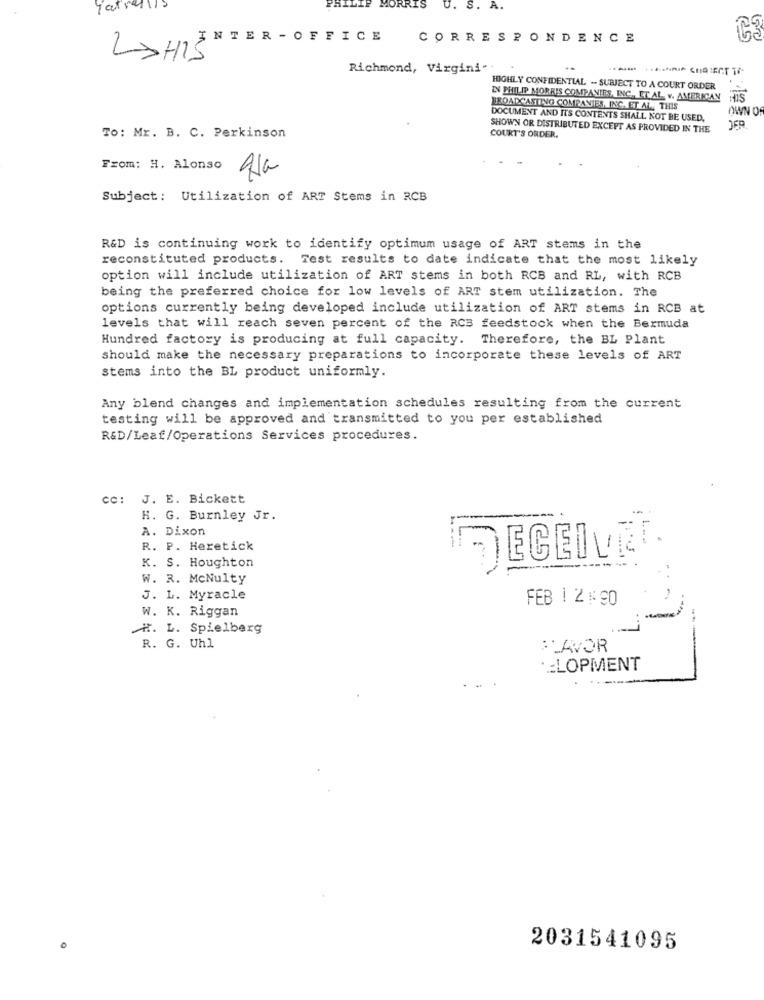
youralls
PHILIP MORRIS
U. S. A.
INTER - OFFICE
CORRESPONDENCE
Ca
LAHIS
Richmond, Virgini-
..
HIGHLY CONFIDENTIAL -. SUBJECT TO A COURT ORDER
IN PHILIP MORRIS COMPANIES, INC. ET. AL. v. AMERICAN
HIS
BROADCASTING COMPANIES, INC. ET AL ., THIS
OWN O
DOCUMENT AND ITS CONTENTS SHALL NOT BE USED,
SHOWN OR DISTRIBUTED EXCEPT AS PROVIDED IN THE
To: Mr. B. C. Perkinson
COURT'S ORDER.
From: H. Alonso
Subject: Utilization of ART Stems in RCB
R&D is continuing work to identify optimum usage of ART stems in the
reconstituted products. Test results to date indicate that the most likely
option will include utilization of ART stems in both RCB and RL, with RCB
being the preferred choice for low levels of ART stem utilization. The
options currently being developed include utilization of ART stems in RCB at
levels that will reach seven percent of the RCS feedstock when the Bermuda
Hundred factory is producing at full capacity. Therefore, the BL Plant
should make the necessary preparations to incorporate these levels of ART
stems into the BL product uniformly.
Any blend changes and implementation schedules resulting from the current
testing will be approved and transmitted to you per established
R&D/Leaf/Operations Services procedures.
cc: J. E. Bickett
H. G. Burnley Jr.
A. Dixon
R. P. Heretick
2.5
-
K. S. Houghton
W. R. McNulty
J. L. Myracle
FEB 1 2N90
-
W. K. Riggan
.H. L. Spielberg
R. G. Uhl
:LAVOR
:LOPMENT
---
2031541095